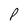
Character: P